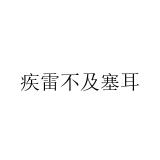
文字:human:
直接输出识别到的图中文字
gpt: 疾雷不及塞耳